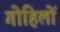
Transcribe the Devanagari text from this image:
गोहिलों